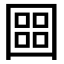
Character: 𡈨